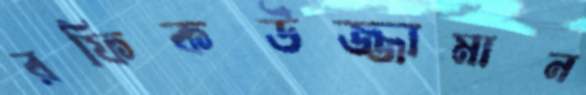
রফিকউজ্জামান